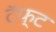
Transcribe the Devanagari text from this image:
टॅफ्ट